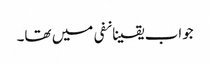
جواب یقینانفی میں تھا۔